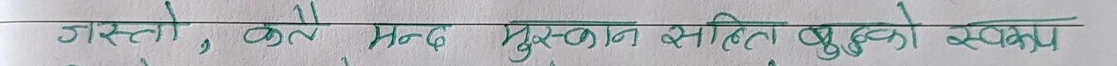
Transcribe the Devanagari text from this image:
जस्तो, कले मंद मुस्कान सहित बुढो स्वयम्